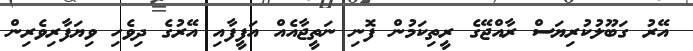
އޭރު ގަބޫލުކުރިޔަސް ރާއްޖޭގެ ރީތިކަމުން ފޮނި ނަތީޖާއެއް އަފީފާއި އޭރުގެ ދިވެހި ވިޔަފާރިވެރިން